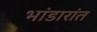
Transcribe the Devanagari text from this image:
भांडारांत